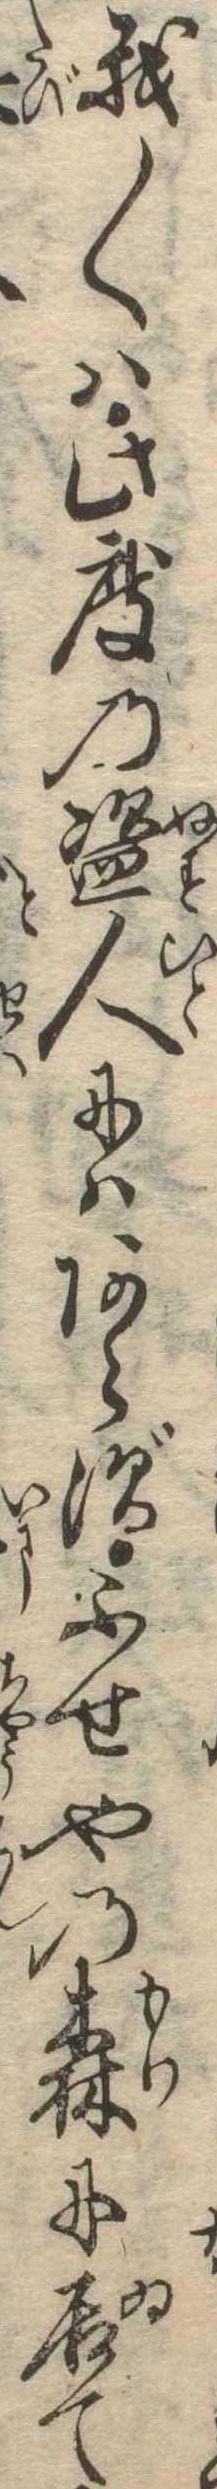
我〱は此度の盗人にはあらずふせやの森に居て